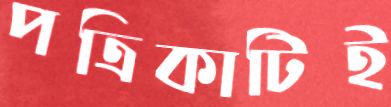
পত্রিকাটিই